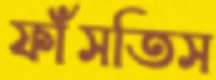
ফাঁসতিস